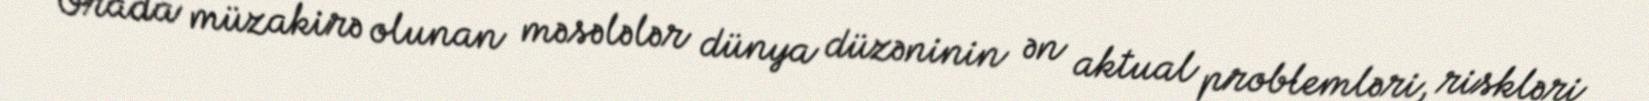
Orada müzakirə olunan məsələlər dünya düzəninin ən aktual problemləri, riskləri